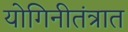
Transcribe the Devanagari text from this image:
योगिनीतंत्रात